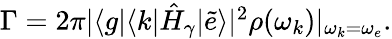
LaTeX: \begin{array}{r}{\Gamma=2\pi|\langle g|\langle k|\hat{H}_{\gamma}|\tilde{e}\rangle|^{2}\rho(\omega_{k})|_{\omega_{k}=\omega_{e}}.}\end{array}